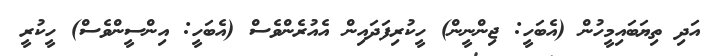
އަދި ތިޔަބައިމީހުން (އެބަހީ: ޖިންނީން) ހީކުރިފަދައިން އެއުރެންވެސް (އެބަހީ: އިންސީންވެސް) ހީކުރީ